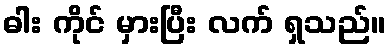
ဓါး ကိုင် မှားပြီး လက် ရှသည်။